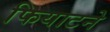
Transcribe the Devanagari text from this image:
फियाटने